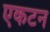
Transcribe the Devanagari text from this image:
एकटन